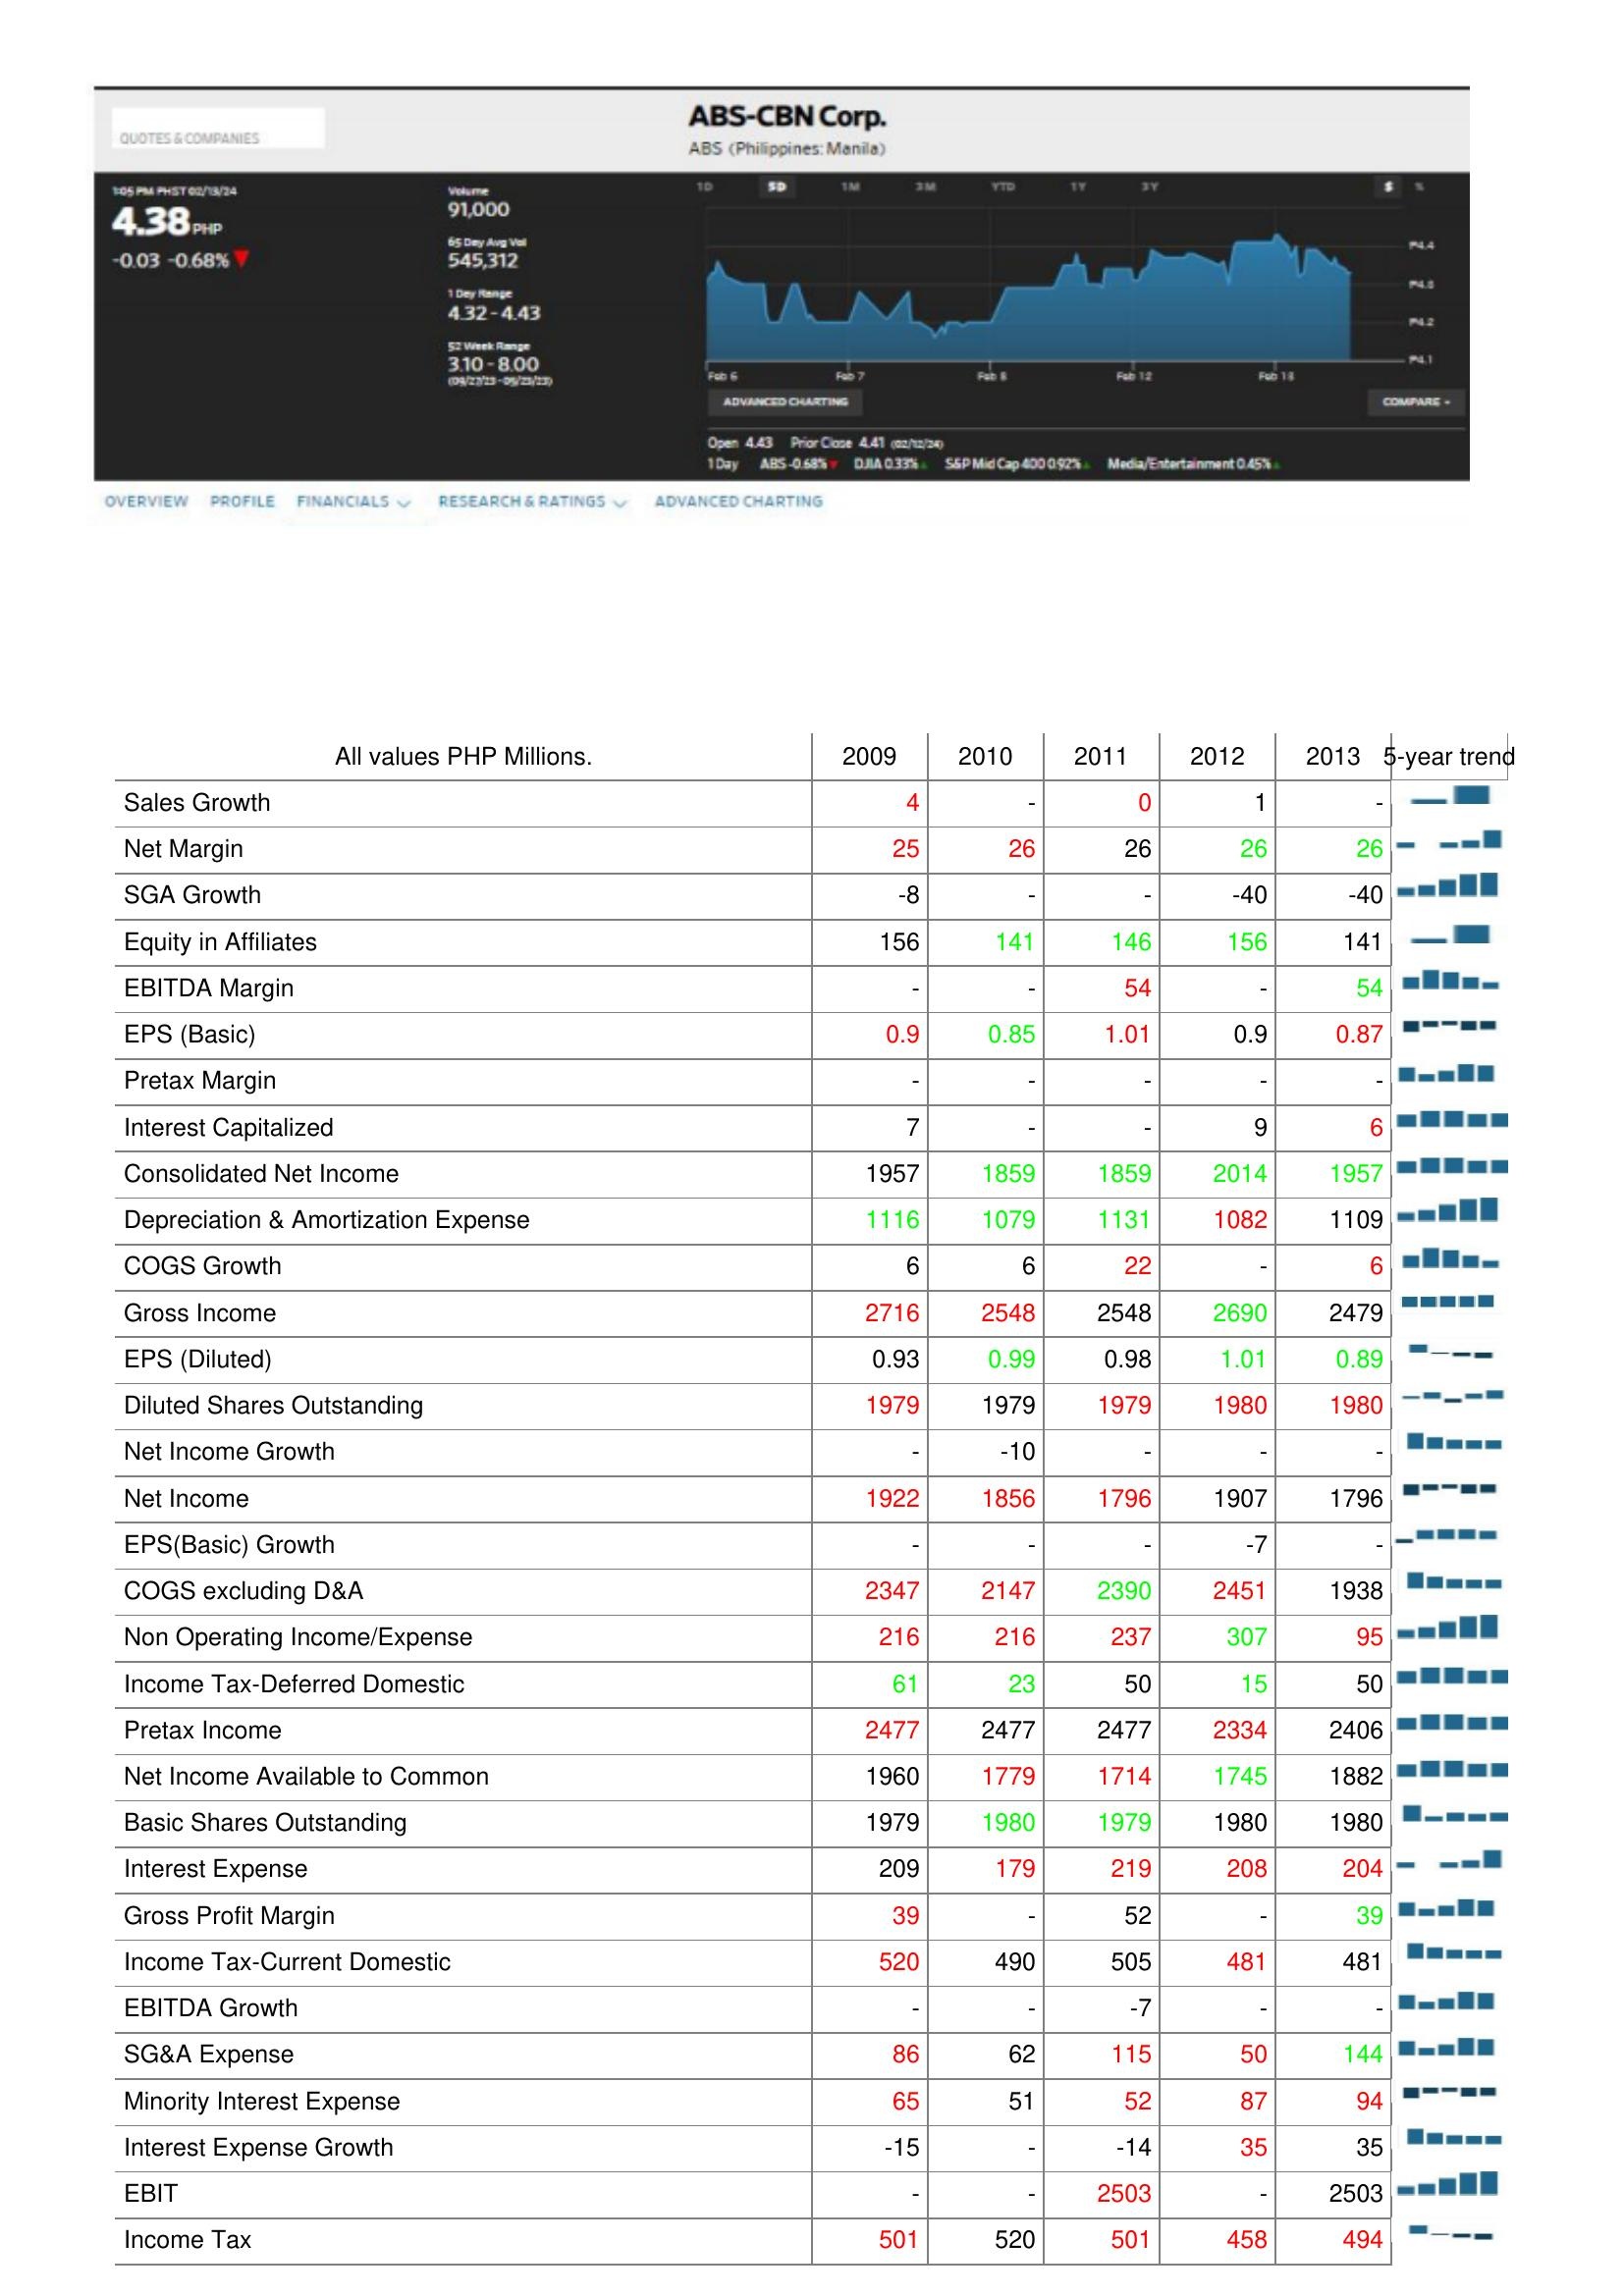
2009: : Sales Growth: 4
Net Margin: 25
SGA Growth: -8
Equity in Affiliates: 156
EBITDA Margin: -
EPS (Basic): 0.9
Pretax Margin: -
Interest Capitalized: 7
Consolidated Net Income: 1957
Depreciation & Amortization Expense: 1116
COGS Growth: 6
Gross Income: 2716
EPS (Diluted): 0.93
Diluted Shares Outstanding: 1979
Net Income Growth: -
Net Income: 1922
EPS(Basic) Growth: -
COGS excluding D&A: 2347
Non Operating Income/Expense: 216
Income Tax-Deferred Domestic: 61
Pretax Income: 2477
Net Income Available to Common: 1960
Basic Shares Outstanding: 1979
Interest Expense: 209
Gross Profit Margin: 39
Income Tax-Current Domestic: 520
EBITDA Growth: -
SG&A Expense: 86
Minority Interest Expense: 65
Interest Expense Growth: -15
EBIT: -
Income Tax: 501
2010: : Sales Growth: -
Net Margin: 26
SGA Growth: -
Equity in Affiliates: 141
EBITDA Margin: -
EPS (Basic): 0.85
Pretax Margin: -
Interest Capitalized: -
Consolidated Net Income: 1859
Depreciation & Amortization Expense: 1079
COGS Growth: 6
Gross Income: 2548
EPS (Diluted): 0.99
Diluted Shares Outstanding: 1979
Net Income Growth: -10
Net Income: 1856
EPS(Basic) Growth: -
COGS excluding D&A: 2147
Non Operating Income/Expense: 216
Income Tax-Deferred Domestic: 23
Pretax Income: 2477
Net Income Available to Common: 1779
Basic Shares Outstanding: 1980
Interest Expense: 179
Gross Profit Margin: -
Income Tax-Current Domestic: 490
EBITDA Growth: -
SG&A Expense: 62
Minority Interest Expense: 51
Interest Expense Growth: -
EBIT: -
Income Tax: 520
2011: : Sales Growth: 0
Net Margin: 26
SGA Growth: -
Equity in Affiliates: 146
EBITDA Margin: 54
EPS (Basic): 1.01
Pretax Margin: -
Interest Capitalized: -
Consolidated Net Income: 1859
Depreciation & Amortization Expense: 1131
COGS Growth: 22
Gross Income: 2548
EPS (Diluted): 0.98
Diluted Shares Outstanding: 1979
Net Income Growth: -
Net Income: 1796
EPS(Basic) Growth: -
COGS excluding D&A: 2390
Non Operating Income/Expense: 237
Income Tax-Deferred Domestic: 50
Pretax Income: 2477
Net Income Available to Common: 1714
Basic Shares Outstanding: 1979
Interest Expense: 219
Gross Profit Margin: 52
Income Tax-Current Domestic: 505
EBITDA Growth: -7
SG&A Expense: 115
Minority Interest Expense: 52
Interest Expense Growth: -14
EBIT: 2503
Income Tax: 501
2012: : Sales Growth: 1
Net Margin: 26
SGA Growth: -40
Equity in Affiliates: 156
EBITDA Margin: -
EPS (Basic): 0.9
Pretax Margin: -
Interest Capitalized: 9
Consolidated Net Income: 2014
Depreciation & Amortization Expense: 1082
COGS Growth: -
Gross Income: 2690
EPS (Diluted): 1.01
Diluted Shares Outstanding: 1980
Net Income Growth: -
Net Income: 1907
EPS(Basic) Growth: -7
COGS excluding D&A: 2451
Non Operating Income/Expense: 307
Income Tax-Deferred Domestic: 15
Pretax Income: 2334
Net Income Available to Common: 1745
Basic Shares Outstanding: 1980
Interest Expense: 208
Gross Profit Margin: -
Income Tax-Current Domestic: 481
EBITDA Growth: -
SG&A Expense: 50
Minority Interest Expense: 87
Interest Expense Growth: 35
EBIT: -
Income Tax: 458
2013: : Sales Growth: -
Net Margin: 26
SGA Growth: -40
Equity in Affiliates: 141
EBITDA Margin: 54
EPS (Basic): 0.87
Pretax Margin: -
Interest Capitalized: 6
Consolidated Net Income: 1957
Depreciation & Amortization Expense: 1109
COGS Growth: 6
Gross Income: 2479
EPS (Diluted): 0.89
Diluted Shares Outstanding: 1980
Net Income Growth: -
Net Income: 1796
EPS(Basic) Growth: -
COGS excluding D&A: 1938
Non Operating Income/Expense: 95
Income Tax-Deferred Domestic: 50
Pretax Income: 2406
Net Income Available to Common: 1882
Basic Shares Outstanding: 1980
Interest Expense: 204
Gross Profit Margin: 39
Income Tax-Current Domestic: 481
EBITDA Growth: -
SG&A Expense: 144
Minority Interest Expense: 94
Interest Expense Growth: 35
EBIT: 2503
Income Tax: 494